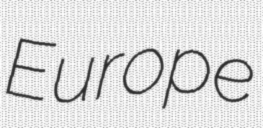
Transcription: Europe